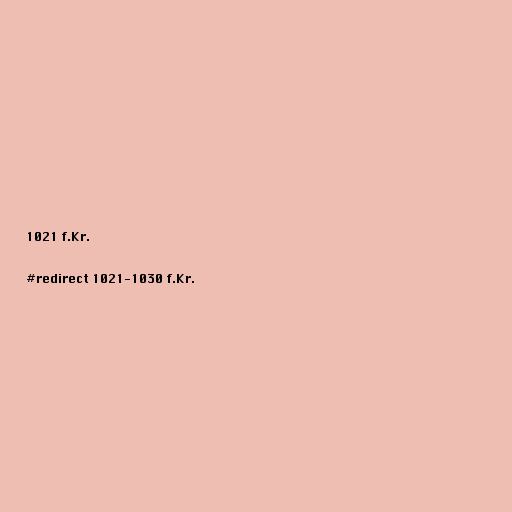
1021 f.Kr.

#redirect 1021-1030 f.Kr.